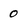
Character: 0